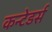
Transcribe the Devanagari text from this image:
कन्टेडर्स